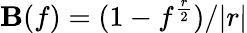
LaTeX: \mathbf{B}(f)=(1-f^{\frac{{r}}{{2}}})/|r|